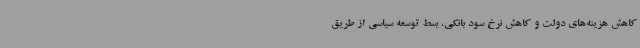
کاهش هزینه‌های دولت و کاهش نرخ سود بانکی، بسط توسعه سیاسی از طریق